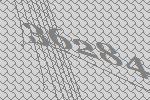
36284